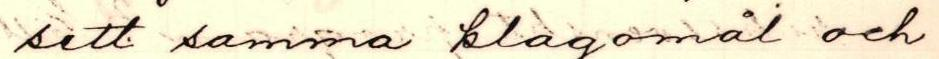
sett samma klagomål och